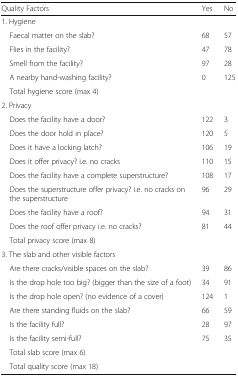
| Quality Factors | Yes | No |
 | --- | --- | --- |
 | 1. Hygiene |  |  |
 | Faecal matter on the slab? | 68 | 57 |
 | Flies in the facility? | 47 | 78 |
 | Smell from the facility? | 97 | 28 |
 | A nearby hand-washing facility? | 0 | 125 |
 | Total hygiene score (max 4) |  |  |
 | 2. Privacy |  |  |
 | Does the facility have a door? | 122 | 3 |
 | Does the door hold in place? | 120 | 5 |
 | Does it have a locking latch? | 106 | 19 |
 | Does it offer privacy? i.e. no cracks | 110 | 15 |
 | Does the facility have a complete superstructure? | 108 | 17 |
 | Does the superstructure offer privacy? i.e. no cracks on the superstructure | 96 | 29 |
 | Does the facility have a roof? | 94 | 31 |
 | Does the roof offer privacy i.e. no cracks? | 81 | 44 |
 | Total privacy score (max 8) |  |  |
 | 3. The slab and other visible factors |  |  |
 | Are there cracks/visible spaces on the slab? | 39 | 86 |
 | Is the drop hole too big? (bigger than the size of a foot) | 34 | 91 |
 | Is the drop hole open? (no evidence of a cover) | 124 | 1 |
 | Are there standing fluids on the slab? | 66 | 59 |
 | Is the facility full? | 28 | 97 |
 | Is the facility semi-full? | 75 | 35 |
 | Total slab score (max 6) |  |  |
 | Total quality score (max 18) |  |  |